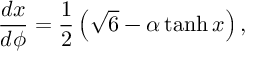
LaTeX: { \frac { d x } { d \phi } = \frac { 1 } { 2 } \left( \sqrt { 6 } - \alpha \operatorname { t a n h } x \right) , }